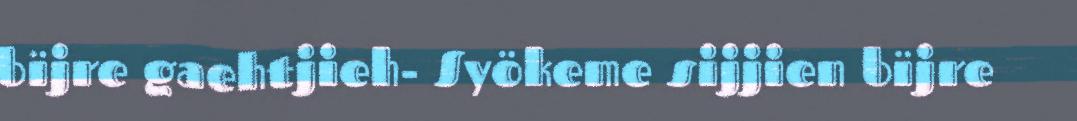
bïjre gaehtjieh- Syökeme sijjien bïjre